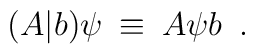
(A\vert b) \psi \: \equiv \: A \psi b \; \: .